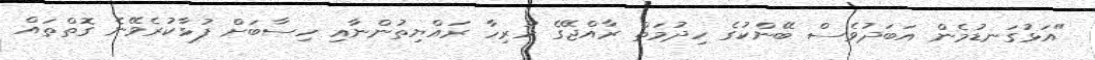
"އަޅުގަނޑުމެން އަބަދުވެސް ބޭންކުގެ ހިދުމަތް ރާއްޖޭގެ ހުރިހާ ރައްޔިތުންނާއި ހިސާބަށް ފުޅާކުރެވޭނެ ގޮތްތައް